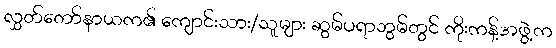
လွှတ်တော်နာယက၏ ကျောင်းသား/သူများ ဆွမ်ပရာဘွမ်တွင် ကိုးကန့်အဖွဲ့က